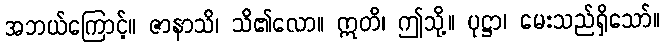
အဘယ်ကြောင့်။ ဇာနာသိ၊ သိ၏လော။ ဣတိ၊ ဤသို့။ ပုဋ္ဌာ၊ မေးသည်ရှိသော်။